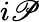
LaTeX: i\mathscr{P}